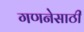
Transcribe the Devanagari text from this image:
गणनेसाठी